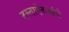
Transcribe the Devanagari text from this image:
दस्ताऐवजांचे